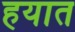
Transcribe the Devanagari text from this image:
हयात